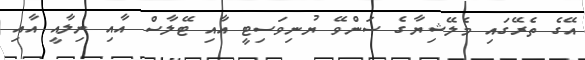
އޭގެ ތެރޭގައި މެލޭޝިޔާގެ ސަންވޭ ޔުނިވަސިޓީ އާއި ޓޭލާސް އާއި ނިލާއީ އާއި